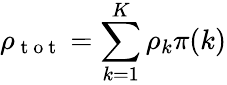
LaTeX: \rho_{\mathrm{~t~o~t~}}=\sum_{k=1}^{{K}}\rho_{k}\pi(k)